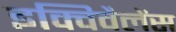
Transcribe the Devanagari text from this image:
इक्विवैलेंस